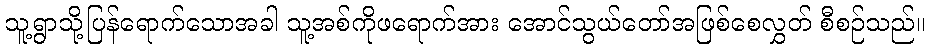
သူ့ရွာသို့ပြန်ရောက်သောအခါ သူ့အစ်ကိုဖရောက်အား အောင်သွယ်တော်အဖြစ်စေလွှတ် စီစဉ်သည်။